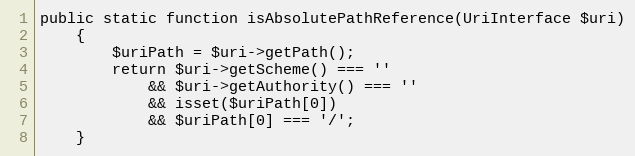
Language: PHP
public static function isAbsolutePathReference(UriInterface $uri)
    {
        $uriPath = $uri->getPath();
        return $uri->getScheme() === ''
            && $uri->getAuthority() === ''
            && isset($uriPath[0])
            && $uriPath[0] === '/';
    }